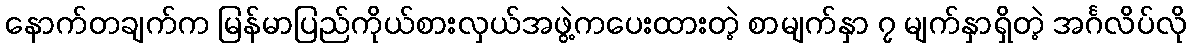
နောက်တချက်က မြန်မာပြည်ကိုယ်စားလှယ်အဖွဲ့ကပေးထားတဲ့ စာမျက်နှာ ၇ မျက်နှာရှိတဲ့ အင်္ဂလိပ်လို